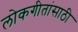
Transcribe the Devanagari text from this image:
लोकगीतांसाठी